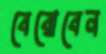
বেরোবেন